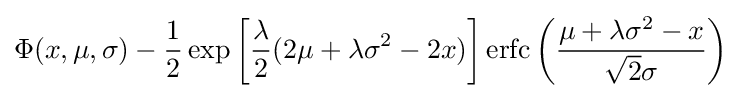
\Phi (x,\mu ,\sigma )-{\frac {1}{2}}\exp \left[{\frac {\lambda }{2}}(2\mu +\lambda \sigma ^{2}-2x)\right]\operatorname {erfc} \left({\frac {\mu +\lambda \sigma ^{2}-x}{{\sqrt {2}}\sigma }}\right)